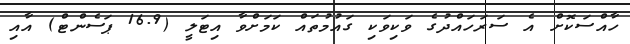
ހާއްސަކޮށް އެ ސަރަހައްދުގެ ވަކިވަކި ގައުމުތައް ކަމަށްވާ އިޓަލީ (16.9 ޕަސެންޓް) އާއި